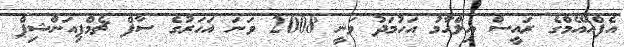
އެފްއޭއެމްގެ ރައީސް އިލްހާމު އަހުމަދު ވަނީ 2008 ވަނަ އަހަރުގެ ސާފް ޗެމްޕިއަންޝިޕް